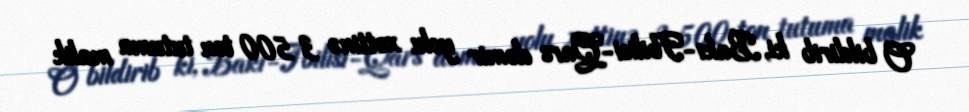
O bildirib ki, Bakı-Tbilisi-Qars dəmir yolu xəttinə 3 500 ton tutuma malik